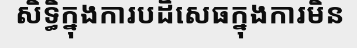
សិទ្ធិក្នុងការបដិសេធក្នុងការមិន